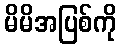
မိမိအပြစ်ကို